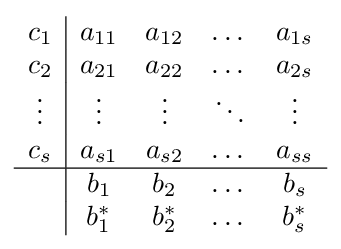
{\begin{array}{c|cccc}c_{1}&a_{11}&a_{12}&\dots &a_{1s}\\c_{2}&a_{21}&a_{22}&\dots &a_{2s}\\\vdots &\vdots &\vdots &\ddots &\vdots \\c_{s}&a_{s1}&a_{s2}&\dots &a_{ss}\\\hline &b_{1}&b_{2}&\dots &b_{s}\\&b_{1}^{*}&b_{2}^{*}&\dots &b_{s}^{*}\\\end{array}}